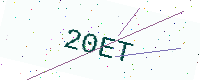
Text: 20ET